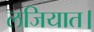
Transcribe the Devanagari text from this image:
लजियात।